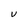
Character: U